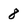
Character: 8